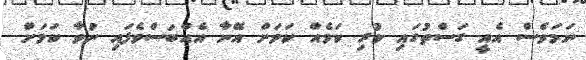
ނަމަވެސް އެއީ ގަސްތުގައި ކުރި ކަމެއް ކަމަށް އޭނާ އެއްބަސްވެފައި ނުވާ ކަމަށް